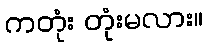
ကတုံး တုံးမလား။